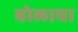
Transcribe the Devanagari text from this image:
बोलाचा